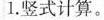
1.竖式计算。